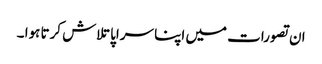
ان تصورات میں اپنا سراپا تلاش کرتا ہوا ۔